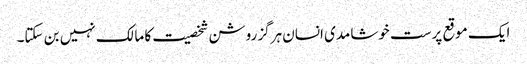
ایک موقع پرست خوشامدی انسان ہرگز روشن شخصیت کا مالک نہیں بن سکتا۔